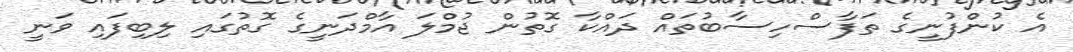
އެ ކުންފުނީގެ ތަފާސްހިސާބުތައް ދައްކާ ގޮތުން ޖުމްލަ އާމްދަނީގެ ގޮތުގައި ލިބިފައި ވަނީ